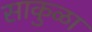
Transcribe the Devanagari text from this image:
साकुळा